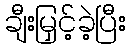
ချီးမြှင့်ခဲ့ပြီး